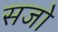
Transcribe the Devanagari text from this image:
सजो